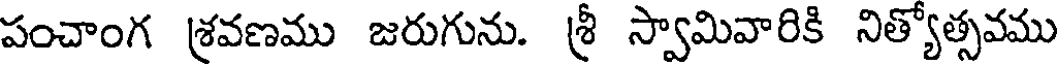
పంచాంగ శ్రవణము జరుగును. శ్రీ స్వామివారికి నిత్యోత్సవము